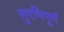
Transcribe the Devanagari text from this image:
सुरभिपूर्ण